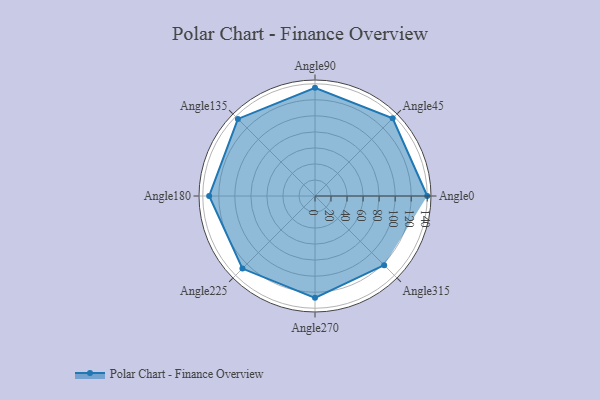
{"axis": {"x": "Angle", "y": "Radius"}, "legend": [""], "data": [{"x": "Angle0", "y": 140.0, "type": ""}, {"x": "Angle45", "y": 137.0, "type": ""}, {"x": "Angle90", "y": 135.0, "type": ""}, {"x": "Angle135", "y": 136.0, "type": ""}, {"x": "Angle180", "y": 132.0, "type": ""}, {"x": "Angle225", "y": 128.0, "type": ""}, {"x": "Angle270", "y": 127.0, "type": ""}, {"x": "Angle315", "y": 122.0, "type": ""}]}